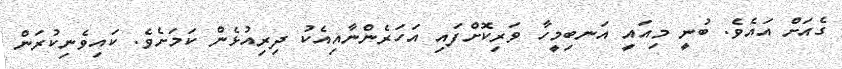
ގެއަށް އައެވެ. ބުނީ މިއައީ އަނބިމީހާ ވަރިކޮށްފައި އަހަރެންނާއިއެކު ދިރިއުޅެން ކަމަށެވެ. ކައިވެނިކުރަން